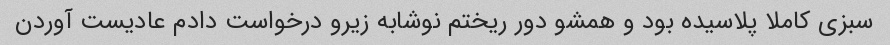
سبزی کاملا پلاسیده بود و همشو دور ریختم نوشابه زیرو درخواست دادم عادیست آوردن